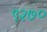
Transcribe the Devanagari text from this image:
९२७०